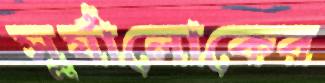
সূর্যালোকের